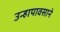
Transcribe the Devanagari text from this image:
उन्हापावसाने